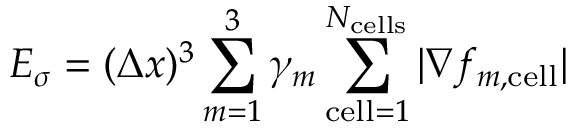
E _ { \sigma } = ( \Delta x ) ^ { 3 } \sum _ { m = 1 } ^ { 3 } \gamma _ { m } \sum _ { \mathrm { c e l l } = 1 } ^ { N _ { \mathrm { c e l l s } } } | \nabla f _ { m , \mathrm { c e l l } } |